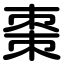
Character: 棗